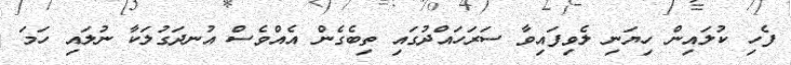
ފެހި ކުލައިން ހިޔަނި ލެވިފައިވާ ސަރަހައްދުގައި ތިބެގެން އެއްވެސް އުނދަގުލަކާ ނުލައި ހަމަ